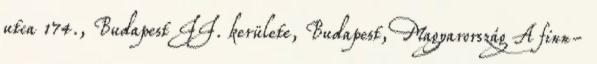
utca 174., Budapest II. kerülete, Budapest, Magyarország A finn-